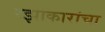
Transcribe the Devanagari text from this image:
रझाकारांचा